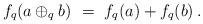
LaTeX: \begin{align*}f_q(a\oplus_q b) \ = \ f_q(a)+f_q(b)\, .\end{align*}